Ranna_vallavalitsus, lk 13
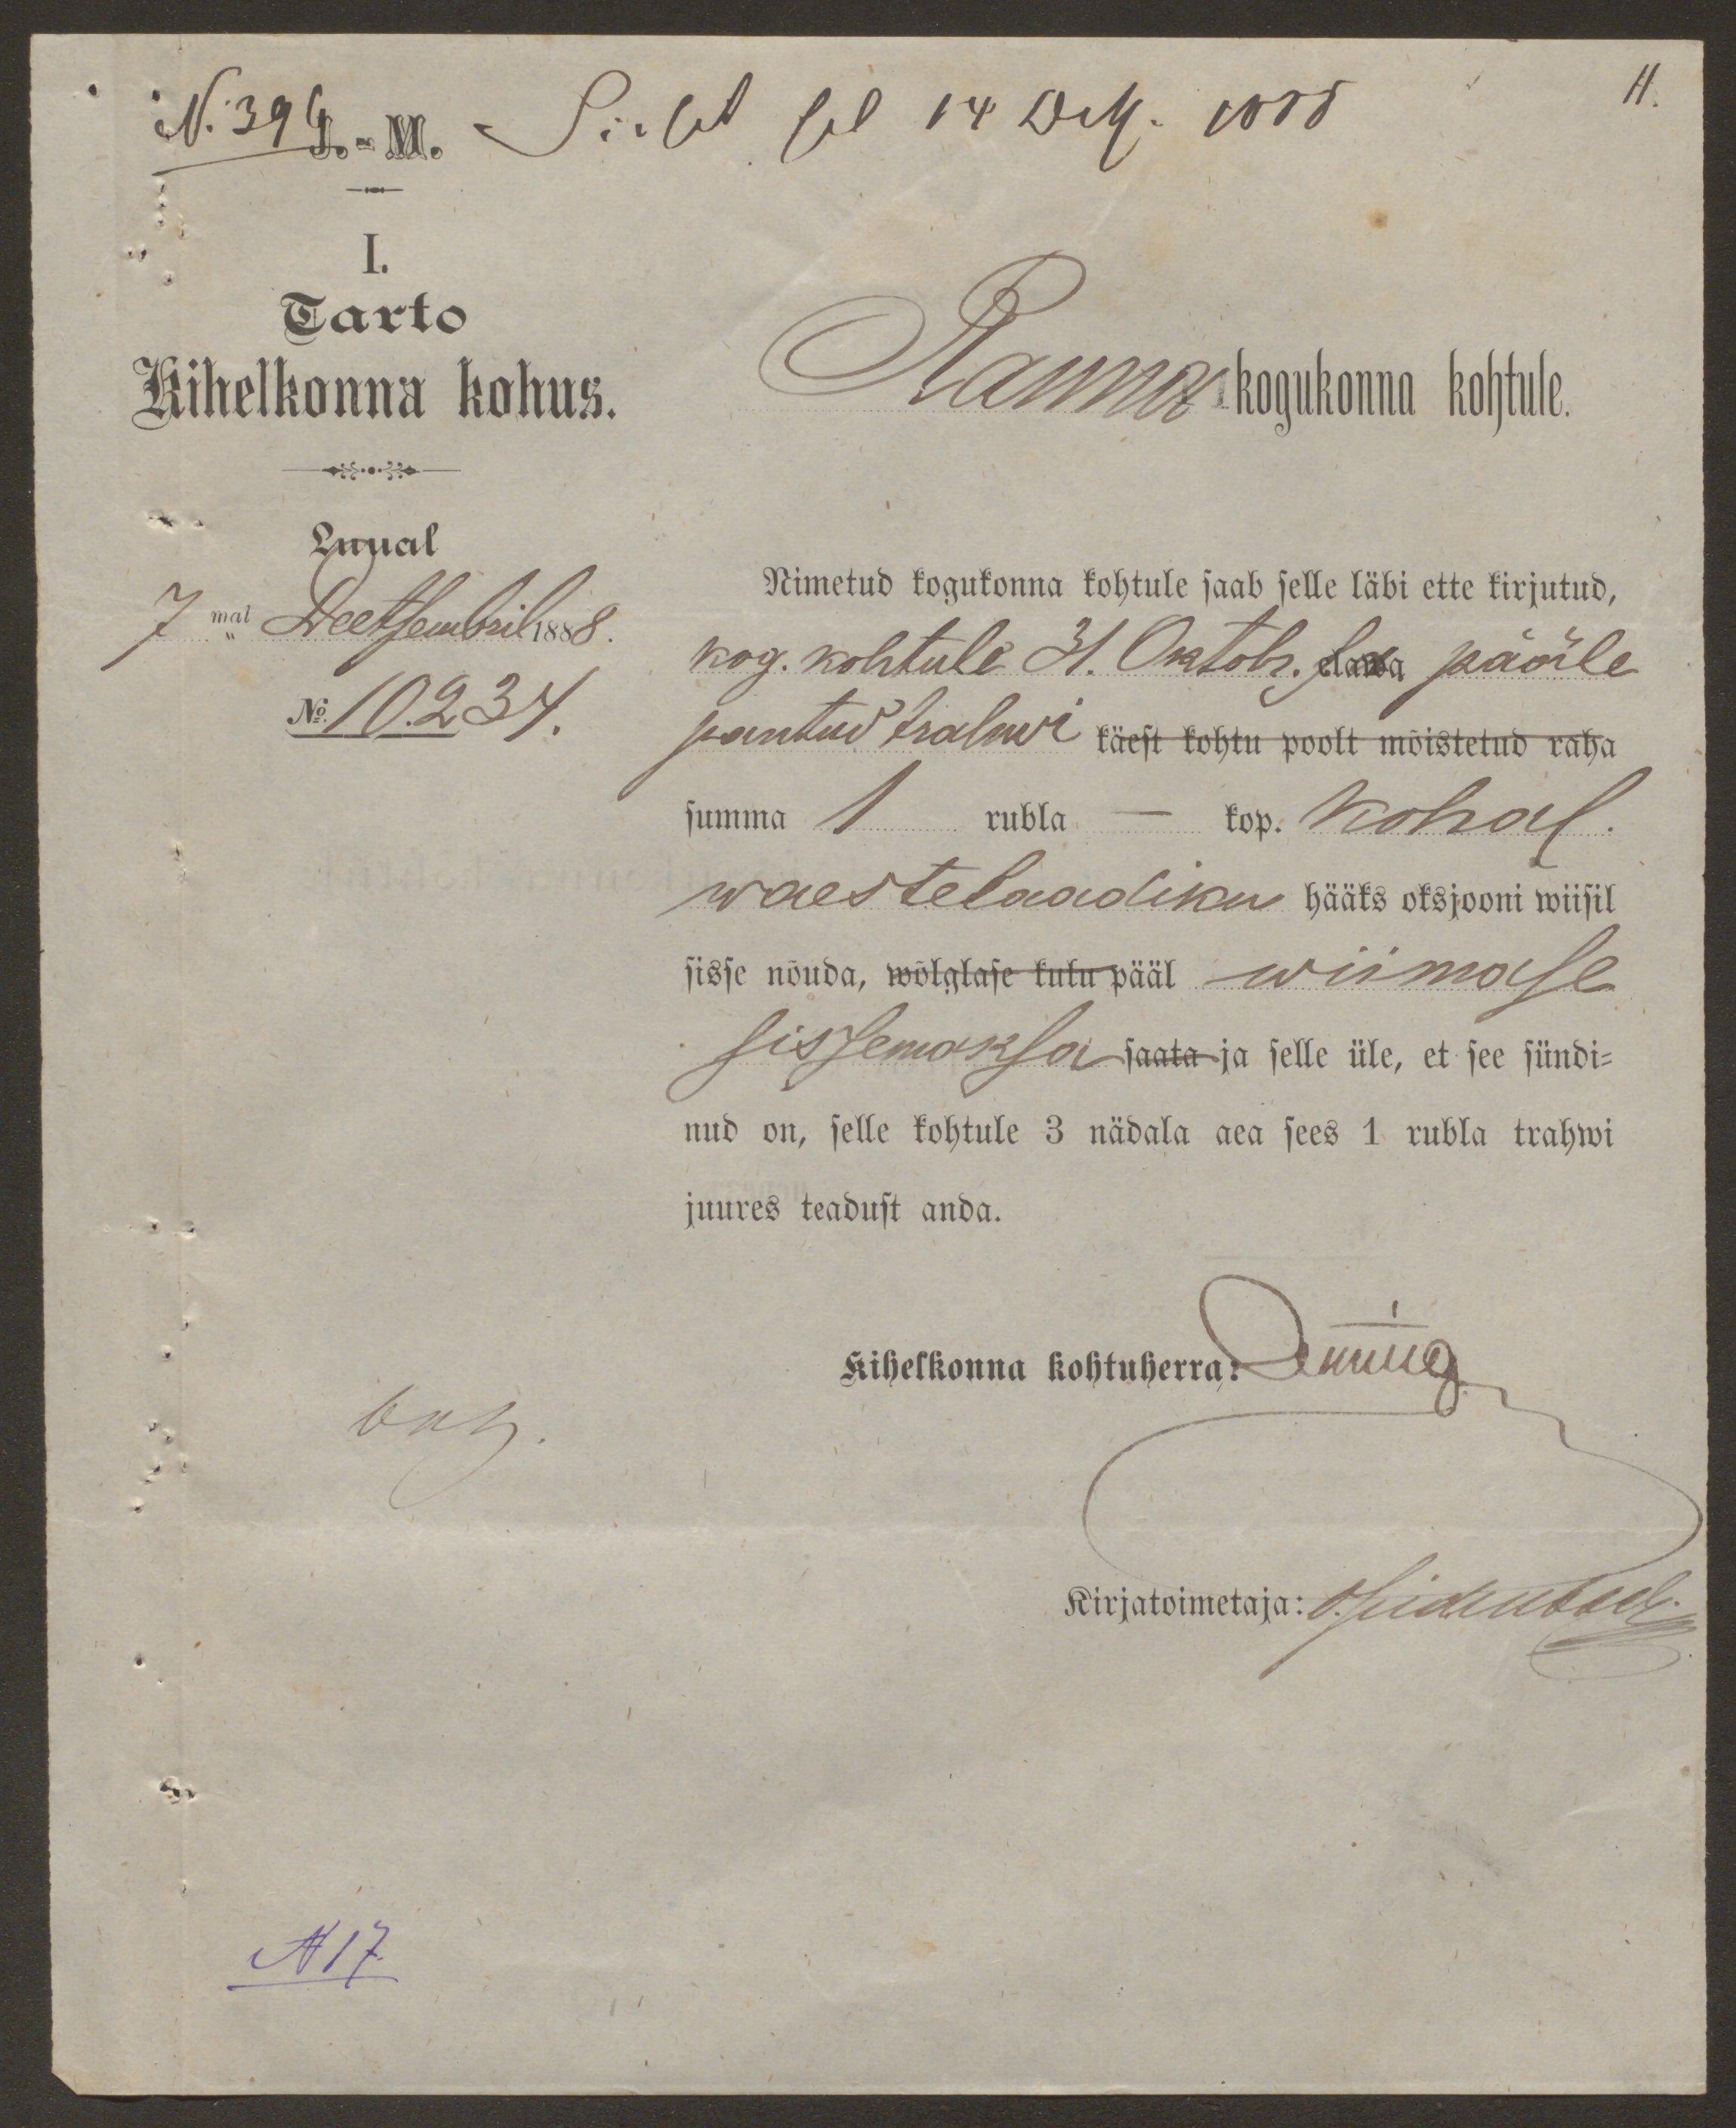
11.

I.
Tarto
Kihelkonna kohus.
Luual
7mal Deetsembril 1888.
No.10.234.
Ranna kogukonna kohtule.
Nimetud kogukonna kohtule saab selle läbi ette kirjutud,
kog. kohtule 31. Oktobr. Laa pääle
pantud trahwi käest kohtu poolt mõistetud raha
summa 1 rubla - kop. Kohal
waestelaadiku hääks oksjooni wiisil
sisse nõuda, wõlglase kulu pääl wiimase
sissemaksa saata ja selle üle, et see sündi-
nud on, selle kohtule 3 nädala aea sees 1 rubla trahwi
juures teadust anda.
Kihelkonna kohtuherra: luua
Kirjatoimetaja: O.Edembr.

N17.